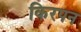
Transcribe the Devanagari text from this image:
किरपन